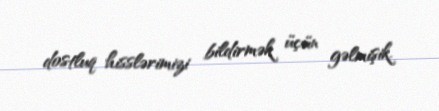
dostluq hisslərimizi bildirmək üçün gəlmişik.